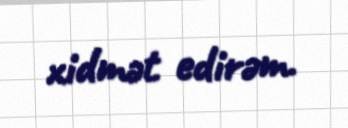
xidmət edirəm.